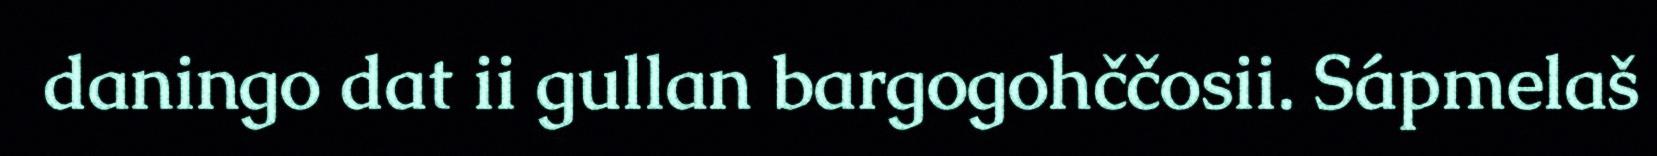
daningo dat ii gullan bargogohččosii. Sápmelaš